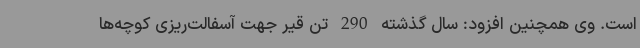
است. وی همچنین افزود: سال گذشته 290 تن قیر جهت آسفالت‌ریزی کوچه‌ها